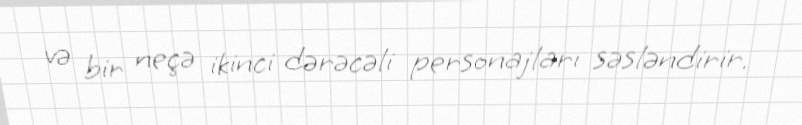
və bir neçə ikinci dərəcəli personajları səsləndirir.